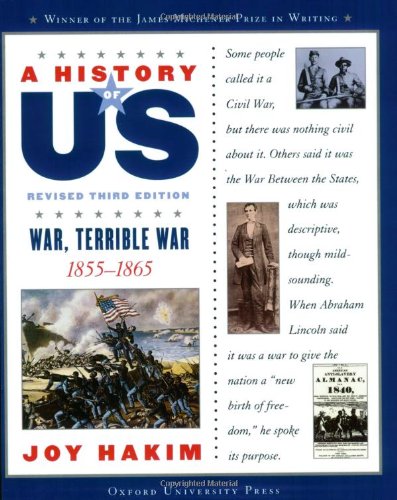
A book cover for A History of US: War, Terrible War: 1855-1865 A History of US Book Six; Joy Hakim; Children's Books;